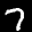
Label: 7